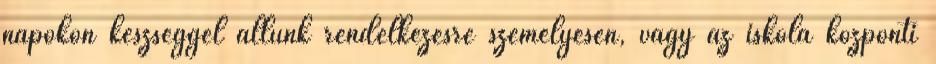
napokon készséggel állunk rendelkezésre személyesen, vagy az iskola központi